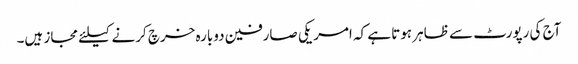
آج کی رپورٹ سے ظاہر ہوتا ہے کہ امریکی صارفین دوبارہ خرچ کرنے کیلئے مجاز ہیں۔